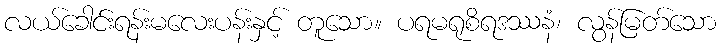
လယ်ခေါင်းရန်းမလေးပန်းနှင့် တူသော။ ပရမရုစိရဒဿနံ၊ လွန်မြတ်သော